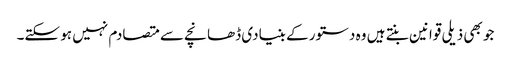
جو بھی ذیلی قوانین بنتے ہیں وہ دستور کے بنیادی ڈھانچے سے متصادم نہیں ہو سکتے۔